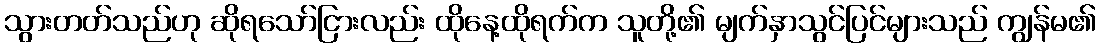
သွားတတ်သည်ဟု ဆိုရသော်ငြားလည်း ထိုနေ့ထိုရက်က သူတို့၏ မျက်နှာသွင်ပြင်များသည် ကျွန်မ၏